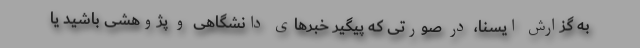
به گزارش ایسنا، در صورتی که پیگیر خبرهای دانشگاهی و پژوهشی باشید یا